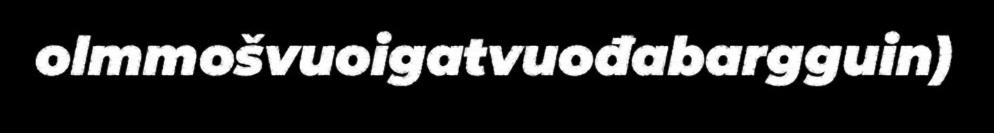
olmmošvuoigatvuođabargguin)